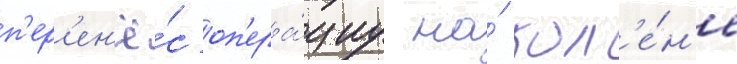
п'ер'ен'ё́с оп'ера́циу на́ кол'е́н'е